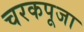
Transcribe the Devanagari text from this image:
चरकपूजा